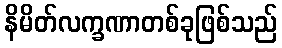
နိမိတ်လက္ခဏာတစ်ခုဖြစ်သည်